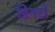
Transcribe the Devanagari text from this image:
डिनरों